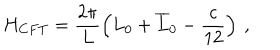
LaTeX: H _ { C F T } = \displaystyle \frac { 2 \pi } { L } \left( L _ { 0 } + \overline { { { L } } } _ { 0 } - \displaystyle \frac { c } { 1 2 } \right) \: ,